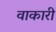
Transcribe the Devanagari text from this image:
वाकारी